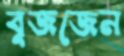
বুজজেন